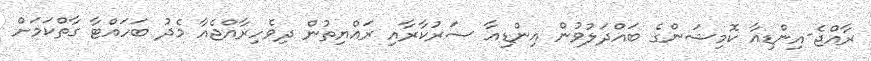
ރާއްޖެ-އިންޑިއާ ކޮމިޝަންގެ ބައްދަލުވުން އިންޑިއާ ސަރުކާރާއި ރައްޔިތުން ދިވެހިރާއްޖެއާ މެދު ބަހައްޓާ ގާތްކަމަށް